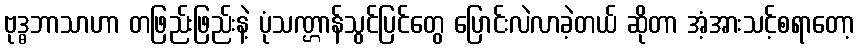
ဗုဒ္ဓဘာသာဟာ တဖြည်းဖြည်းနဲ့ ပုံသဏ္ဌာန်သွင်ပြင်တွေ ပြောင်းလဲလာခဲ့တယ် ဆိုတာ အံ့အားသင့်စရာတော့